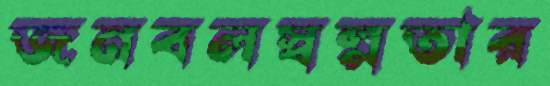
জনবলস্বল্পতার